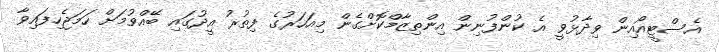
އެސްޓީއޯއިން ވިދާޅުވީ އެ ކުންފުނިން އިންތިޒާމްކޮށްގެން މިއަަހަރުގެ ފިތުރު އީދުގައި ބޭއްވުމަށް ހަމަޖެހިފައިވާ